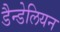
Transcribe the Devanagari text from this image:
डैन्डेलियन